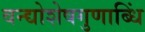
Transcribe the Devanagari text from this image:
वन्द्योशेषगुणाब्धिं